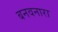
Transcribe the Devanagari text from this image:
बनवनारा